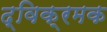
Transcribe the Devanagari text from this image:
द्विक्रमक